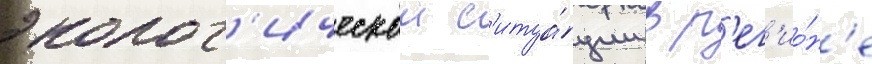
эколог'ическои с'итуа́ции в р'ег'ио́н'е